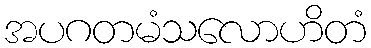
အပဂတမံသလောဟိတံ